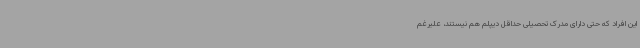
این افراد که حتی دارای مدرک تحصیلی حداقل دیپلم هم نیستند، علیرغم